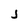
Character: j